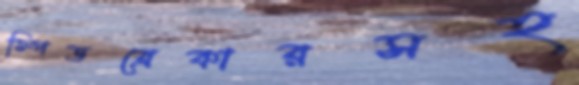
স্পিডব্রেকারসহ